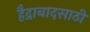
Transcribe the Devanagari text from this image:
हैद्राबादसाठी